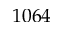
1 0 6 4